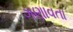
ગણાવતા